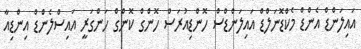
އައިލަންޑް އެންޑް މެކްޑޮނަލްޑް އައިލަންޑްސް ހޮންޑިއުރަސް ހޮންގް ކޮންގް ހަންގަރީ އައިސްލެންޑް އިންޑިއާ